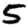
Digit: 5